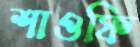
শাওফি